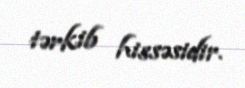
tərkib hissəsidir.